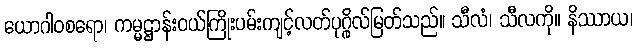
ယောဂါဝစရော၊ ကမ္မဋ္ဌာန်းဝယ်ကြိုးပမ်းကျင့်လတ်ပုဂ္ဂိုလ်မြတ်သည်။ သီလံ၊ သီလကို။ နိဿာယ၊